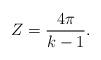
LaTeX: \begin{align*} Z = \frac{4 \pi}{k-1}.\end{align*}